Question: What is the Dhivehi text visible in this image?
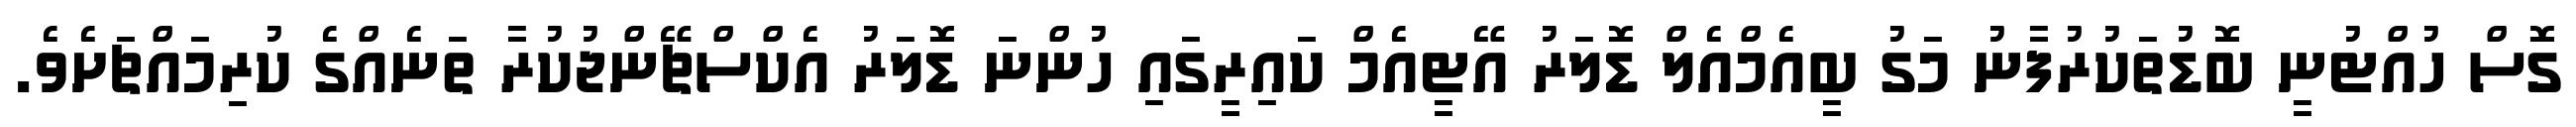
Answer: ގޮސް ހުއްޓުނީ ބޮޑުތަކުރުފާނު މަގު ބީއެމްއެލް ޑޮލަރު އޭޓީއެމް ކައިރީގައި ހުންނަ ޑޮލަރު އެކްސްޗޭންޖުކުރާ ތަނެއްގެ ކުރިމައްޗަށެވެ.